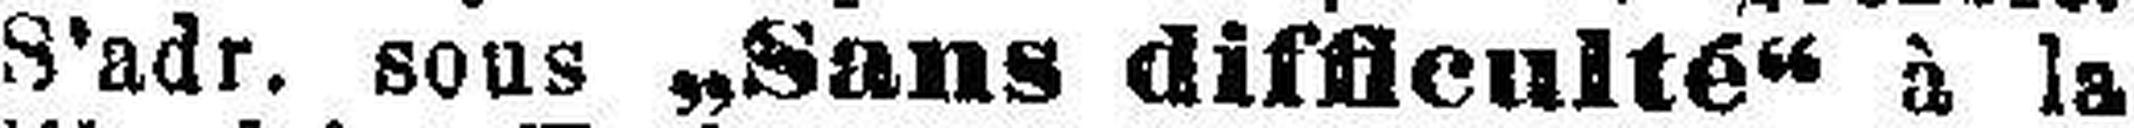
S'adr. sous „Sans difficulté“ à la